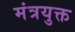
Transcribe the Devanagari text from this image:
मंत्रयुक्त